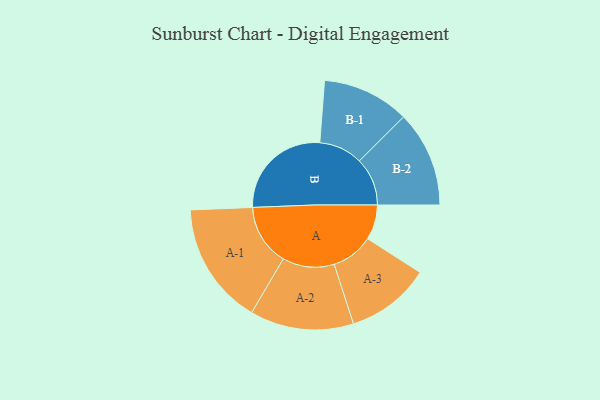
{"axis": {"x": "Segment", "y": "Value"}, "legend": ["", "A", "B"], "data": [{"x": "A", "y": 166, "type": ""}, {"x": "B", "y": 491, "type": ""}, {"x": "A-1", "y": 291, "type": "A"}, {"x": "A-2", "y": 246, "type": "A"}, {"x": "A-3", "y": 200, "type": "A"}, {"x": "B-1", "y": 207, "type": "B"}, {"x": "B-2", "y": 228, "type": "B"}]}